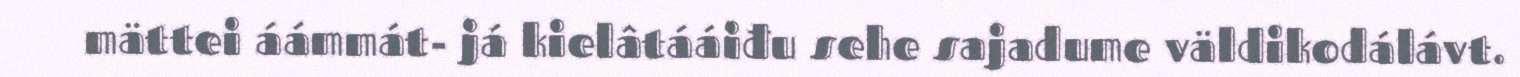
mättei áámmát- já kielâtááiđu sehe sajadume väldikodálávt.